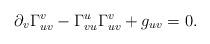
LaTeX: \begin{align*} \partial_v\Gamma_{uv}^v-\Gamma_{vu}^u\Gamma_{uv}^v+g_{uv}=0.\end{align*}